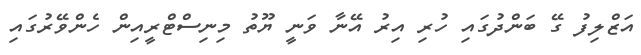
އަޒްލިފު ގޭ ބަންދުގައި ހުރި އިރު އޭނާ ވަނީ ޔޫތު މިނިސްޓްރީއިން ހެންވޭރުގައި